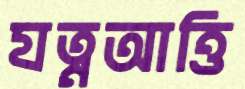
যত্নআত্তি